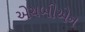
એચબીએન